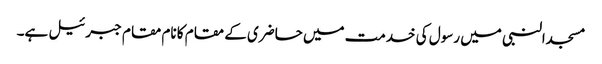
مسجدالنبی میں رسول کی خدمت میں حاضری کے مقام کا نام مقام جبرئیل ہے۔